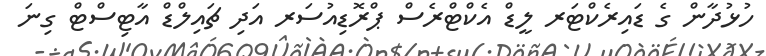
ހުޅުދާން ގެ ޑައިރެކްޓަރ ލީޑް އެކްޓްރެސް ޕްރޮޑިއުސަރ އަދި ޗައިލްޑް އާޓިސްޓް ގިނަ